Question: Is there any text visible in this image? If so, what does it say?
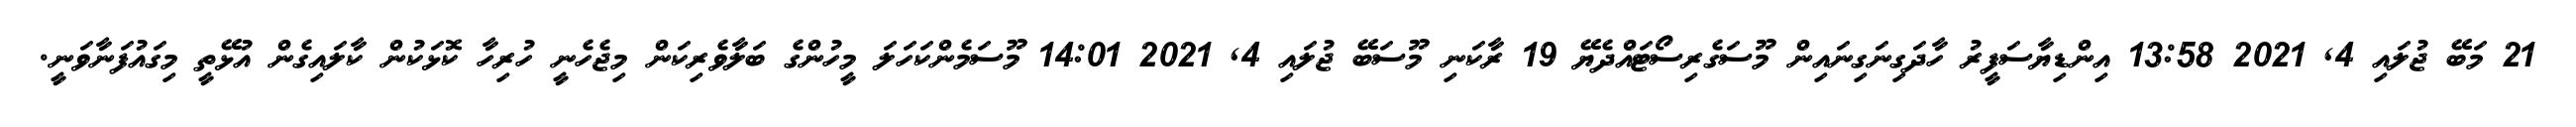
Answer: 21 މަބޭ ޖުލައި 4, 2021 13:58 އިންޑިޔާސަފީރު ހާދަގިނަގިނައިން މޫސަގެރިސޯޓައްދެޔޭ 19 ރާކަނި މޫސަބޭ ޖުލައި 4, 2021 14:01 މޫސަމެންކަހަލަ މީހުންގެ ބަލާވެރިކަން މިޖެހެނީ ހުރިހާ ކޮޅަކުން ކާލައިގެން އުޅޭތީ މިގައުފަނާވަނީ.